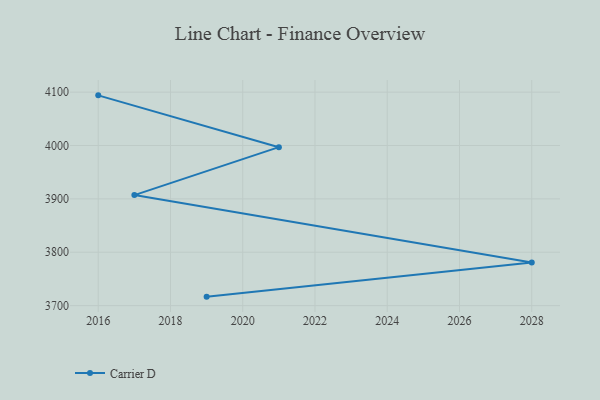
{"axis": {"x": "Year", "y": "Customer Acquisition Cost (USD)"}, "legend": ["Carrier D"], "data": [{"x": "2019", "y": 3716.8, "type": "Carrier D"}, {"x": "2028", "y": 3780.7, "type": "Carrier D"}, {"x": "2017", "y": 3907.1, "type": "Carrier D"}, {"x": "2021", "y": 3996.9, "type": "Carrier D"}, {"x": "2016", "y": 4094.0, "type": "Carrier D"}]}